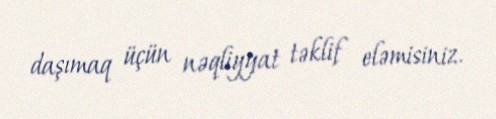
daşımaq üçün nəqliyyat təklif eləmisiniz.